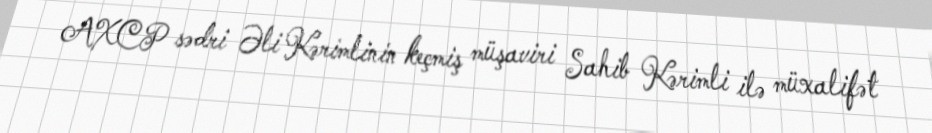
AXCP sədri Əli Kərimlinin keçmiş müşaviri Sahib Kərimli ilə müxalifət